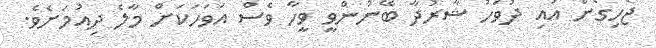
ޖެހިގެން އައި ދުވަހު ޝާރުދާ ބޭނުންވީ ވީހާ ވެސް އަވަހަކަށް މާލެ ދިއުމަށެވެ.